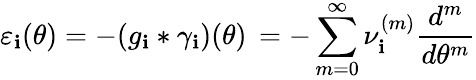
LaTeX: \varepsilon_{\mathbf{i}}(\theta)=-(g_{\mathbf{i}}*\gamma_{\mathbf{i}})(\theta)\, =-\sum_{m=0}^{\infty}\nu_{\mathbf{i}}^{(m)}\frac{{d^{m}}}{{d\theta^{m}}}